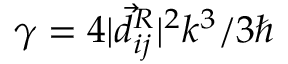
\gamma = 4 | \vec { d } _ { i j } ^ { R } | ^ { 2 } k ^ { 3 } / 3 \hbar